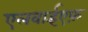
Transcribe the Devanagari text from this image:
एलवाईएफ़